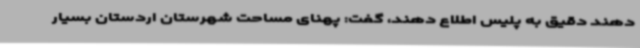
دهند دقیق به پلیس اطلاع دهند، گفت: پهنای مساحت شهرستان اردستان بسیار